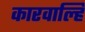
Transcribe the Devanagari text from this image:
कारवाल्हि